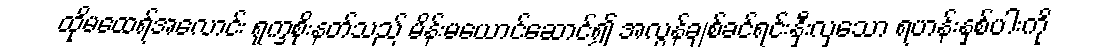
ထိုမထေရ်အလောင်း ရုက္ခစိုးနတ်သည် မိန်းမယောင်ဆောင်၍ အလွန်ချစ်ခင်ရင်းနှီးလှသော ရဟန်းနှစ်ပါးကို